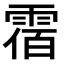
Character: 𩃫